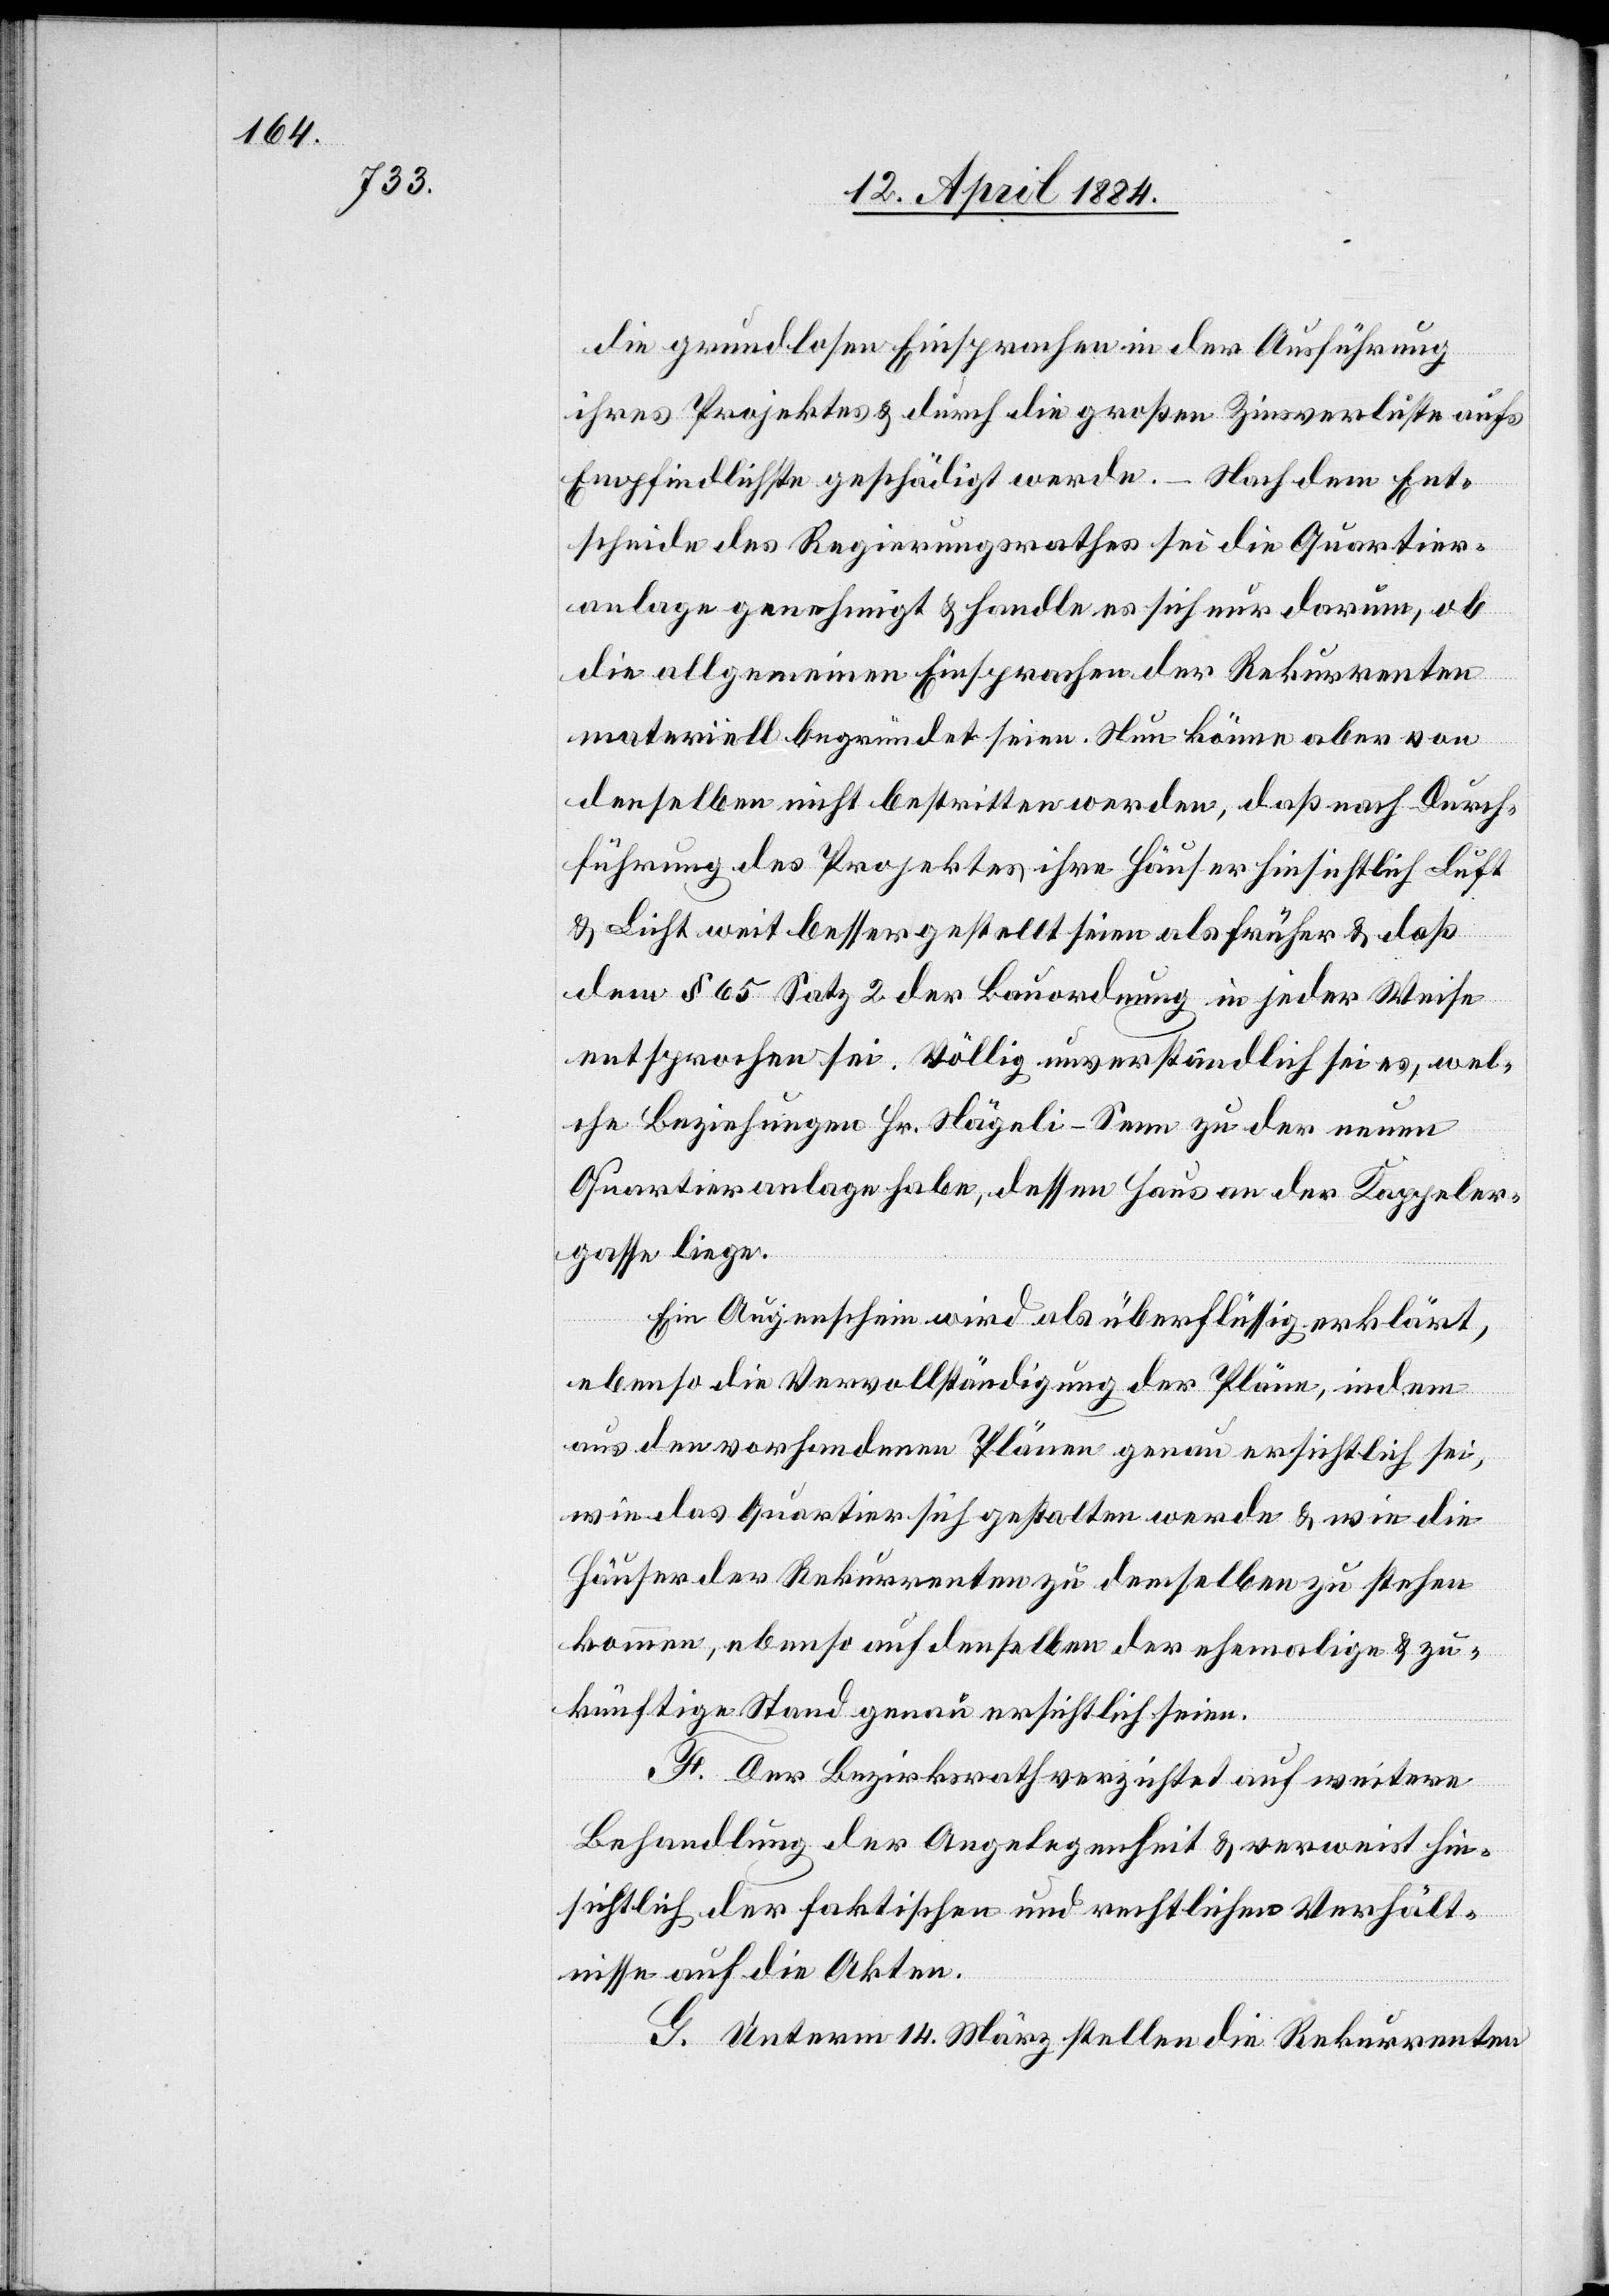
grundlose Einsprachen in der Ausführung
ihres Projektes & durch die großen Zinsverluste aufs
Empfindlichste geschädigt werde. – Nach dem Ent¬
scheide des Regierungsrathes sei die Quartier¬
anlage genehmigt & handle es sich nur darum, ob
die allgemeinen Einsprachen der Rekurrenten
materiell begründet seien. Nun könne aber von
denselben nicht bestritten werden, daß nach Durch¬
führung des Projektes ihre Häuser hinsichtlich Luft
& Licht weit besser gestellt seien als früher & daß
dem § 65 Satz 2 der Bauordnung in jeder Weise
entsprochen sei. Völlig unverständlich sei es, wel¬
che Beziehungen Hr. Nägeli-Senn zu der neuen
Quartieranlage habe, dessen Haus an der Kappeler¬
gasse liege.
Ein Augenschein wird als überflüssig erklärt,
ebenso die Vervollständigung der Pläne, indem
aus den vorhandenen Pläne genau ersichtlich sei,
wie das Quartier sich gestalten werde & wie die
Häuser der Rekurrenten zu demselben zu stehen
kommen, ebenso auf denselben der ehemalige & zu¬
künftige Stand genau ersichtlich seien.
F. Der Bezirksrath verzichtet auf weitere
Behandlung der Angelegenheit & verweist hin¬
sichtlich der faktischen und rechtlichen Verhält¬
nisse auf die Akten.
G. Unterm 14. März stellen die Rekurrenten